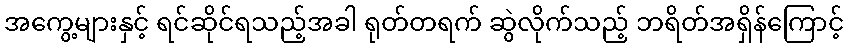
အကွေ့များနှင့် ရင်ဆိုင်ရသည့်အခါ ရုတ်တရက် ဆွဲလိုက်သည့် ဘရိတ်အရှိန်ကြောင့်